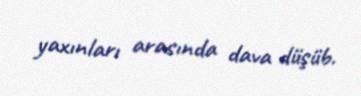
yaxınları arasında dava düşüb.